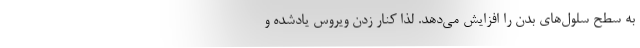
به سطح سلول‌های بدن را افزایش می‌دهد. لذا کنار زدن ویروس یادشده و